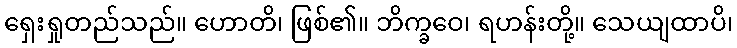
ရှေးရှုတည်သည်။ ဟောတိ၊ ဖြစ်၏။ ဘိက္ခဝေ၊ ရဟန်းတို့။ သေယျထာပိ၊